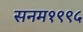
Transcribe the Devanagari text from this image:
सनम१९९५